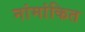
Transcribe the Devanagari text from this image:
नांमांकित